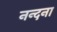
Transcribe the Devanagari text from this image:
नन्दना